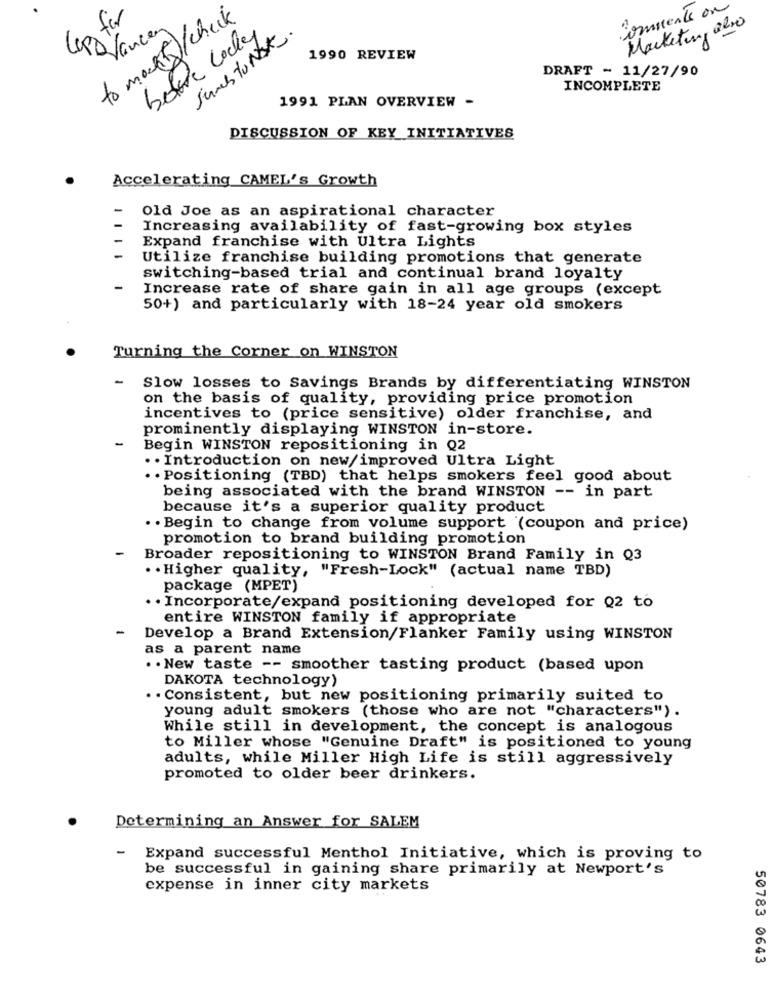
Comments on
for
to mouth/check
Suns torsk.
Marketing also
Lordlancer
1990 REVIEW
DRAFT - 11/27/90
INCOMPLETE
1991 PLAN OVERVIEW -
DISCUSSION OF KEY INITIATIVES
Accelerating CAMEL's Growth
Old Joe as an aspirational character
Increasing availability of fast-growing box styles
Expand franchise with Ultra Lights
Utilize franchise building promotions that generate
switching-based trial and continual brand loyalty
Increase rate of share gain in all age groups (except
50+) and particularly with 18-24 year old smokers
Turning the Corner on WINSTON
-
Slow losses to Savings Brands by differentiating WINSTON
on the basis of quality, providing price promotion
incentives to (price sensitive) older franchise, and
prominently displaying WINSTON in-store.
Begin WINSTON repositioning in Q2
. . Introduction on new/improved Ultra Light
. . Positioning (TBD) that helps smokers feel good about
being associated with the brand WINSTON -- in part
because it's a superior quality product
. . Begin to change from volume support (coupon and price)
promotion to brand building promotion
Broader repositioning to WINSTON Brand Family in Q3
. . Higher quality, "Fresh-Lock" (actual name TBD)
package (MPET)
· Incorporate/expand positioning developed for Q2 to
entire WINSTON family if appropriate
Develop a Brand Extension/Flanker Family using WINSTON
as a parent name
. . New taste -- smoother tasting product (based upon
DAKOTA technology)
. . Consistent, but new positioning primarily suited to
young adult smokers (those who are not "characters") .
While still in development, the concept is analogous
to Miller whose "Genuine Draft" is positioned to young
adults, while Miller High Life is still aggressively
promoted to older beer drinkers.
Determining an Answer for SALEM
-
Expand successful Menthol Initiative, which is proving to
be successful in gaining share primarily at Newport's
expense in inner city markets
50783 0643